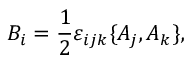
B _ { i } = \frac { 1 } { 2 } \varepsilon _ { i j k } \{ A _ { j } , A _ { k } \} ,